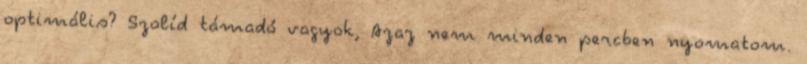
optimális? Szolíd támadó vagyok, Azaz nem minden percben nyomatom.